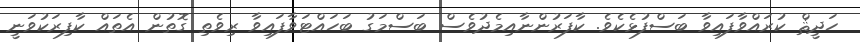
ހަދީޘް ކުރައްވާފައިވާ ބަސްފުޅެކެވެ. ކާފަރުންނާއިމެދުވެސް ބަސްމަގު ބަހައްޓަވާފައިވާ ރިވެތި ގޮތުން އެތައް ކާފިރަކުވަނީ